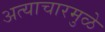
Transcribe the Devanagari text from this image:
अत्याचारमुळे